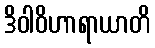
ဒိဝါဝိဟာရာယာတိ